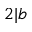
2 | b